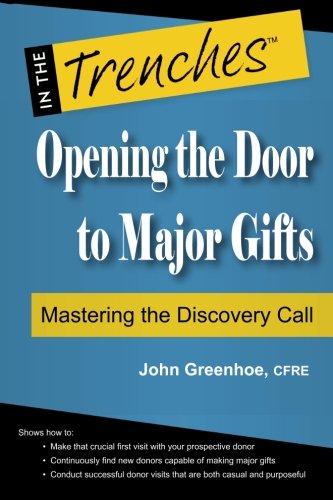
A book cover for Opening the Door to Major Gifts: Mastering the Discovery Call; John Greenhoe; Politics & Social Sciences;